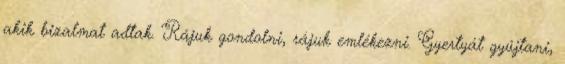
akik bizalmat adtak. Rájuk gondolni, rájuk emlékezni. Gyertyát gyújtani,